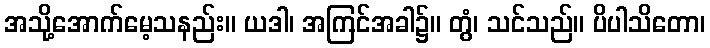
အသို့အောက်မေ့သနည်း။ ယဒါ၊ အကြင်အခါ၌။ တွံ၊ သင်သည်။ ပိပါသိတော၊